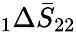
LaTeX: \phantom{}_{1}\Delta\bar{S}_{22}